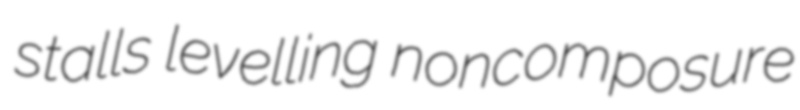
stalls levelling noncomposure